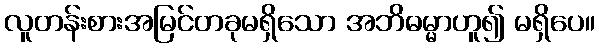
လူတန်းစားအမြင်တခုမရှိသော အဘိဓမ္မာဟူ၍ မရှိပေ။